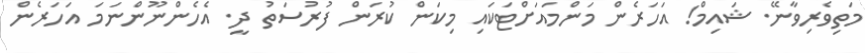
މަތިވެރިވާނޭ. ޝައިމް! އަހަރެން މަންމައަށްޓަކައި މިކަން ކުރަން ފުރުސަތު ދީ. އެހެންނޫންނަމަ އަހަރެން